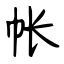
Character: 帐